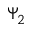
\Psi _ { 2 }